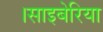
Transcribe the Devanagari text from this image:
।साइबेरिया